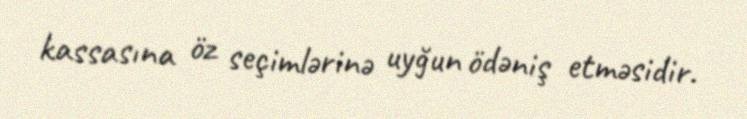
kassasına öz seçimlərinə uyğun ödəniş etməsidir.